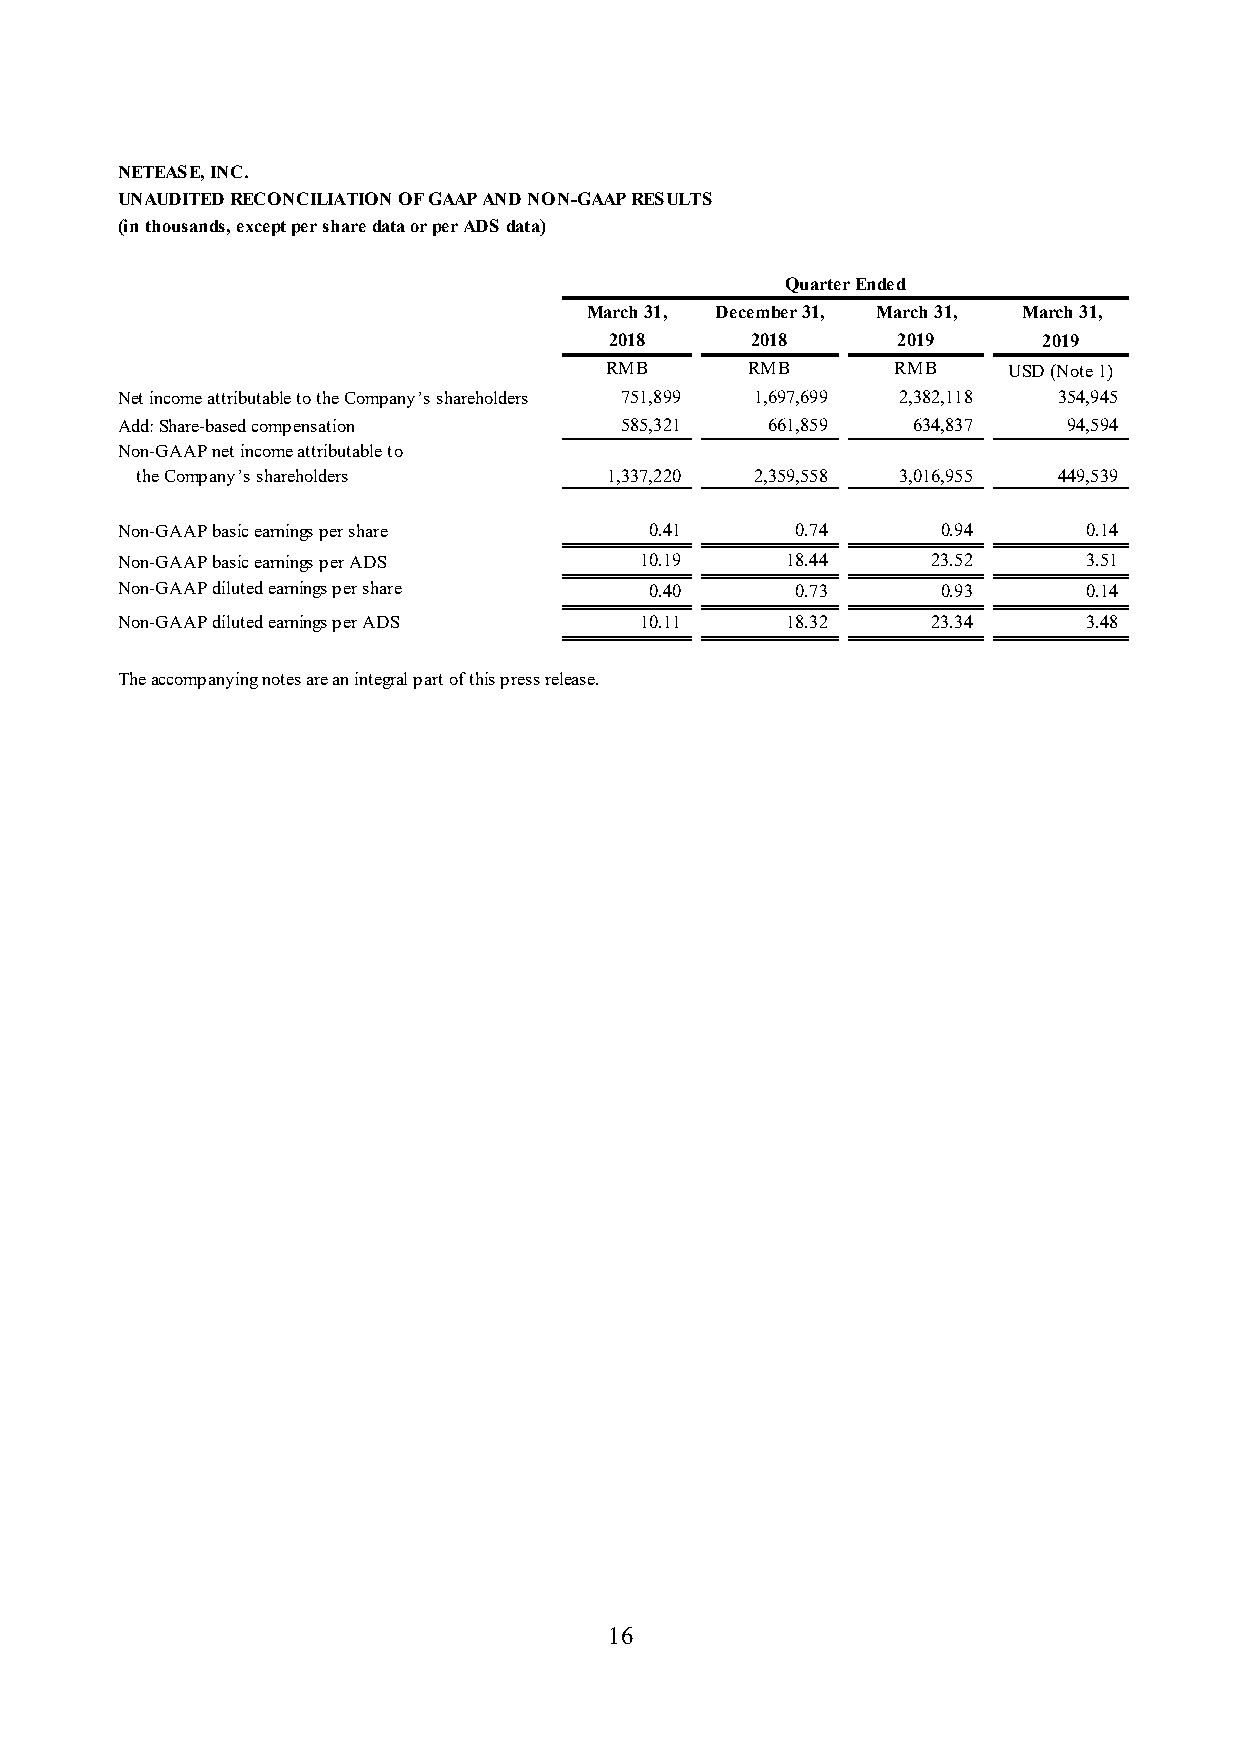
NETEASE, INC.
 UNAUDITED RECONCILIATION OF GAAP AND NON-GAAP RESULTS
 (in thousands, except per share data or per ADS data)
 Quarter Ended
 March 31, December 31, March 31, March 31,
 2018      2018     2019      2019
 RMB      RMB       RMB     USD (Note 1)
 Net income attributable to the Company’s shareholders 751,899 1 ,697,699 2,382,118 354,945
 Add: Share-based compensation    585,321   6 61,859 634,837    94,594
 Non-GAAP net income attributable to
 the Company’s shareholders     1,337,220 2 ,359,558 3,016,955 449,539
 Non-GAAP basic earnings per share  0.41      0 .74    0.94      0.14
 Non-GAAP basic earnings per ADS   10.19     1 8.44    23.52     3.51
 Non-GAAP diluted earnings per share 0.40     0 .73    0.93      0.14
 Non-GAAP diluted earnings per ADS 10.11     1 8.32    23.34     3.48
 The accompanying notes are an integral part of this press release.
 16